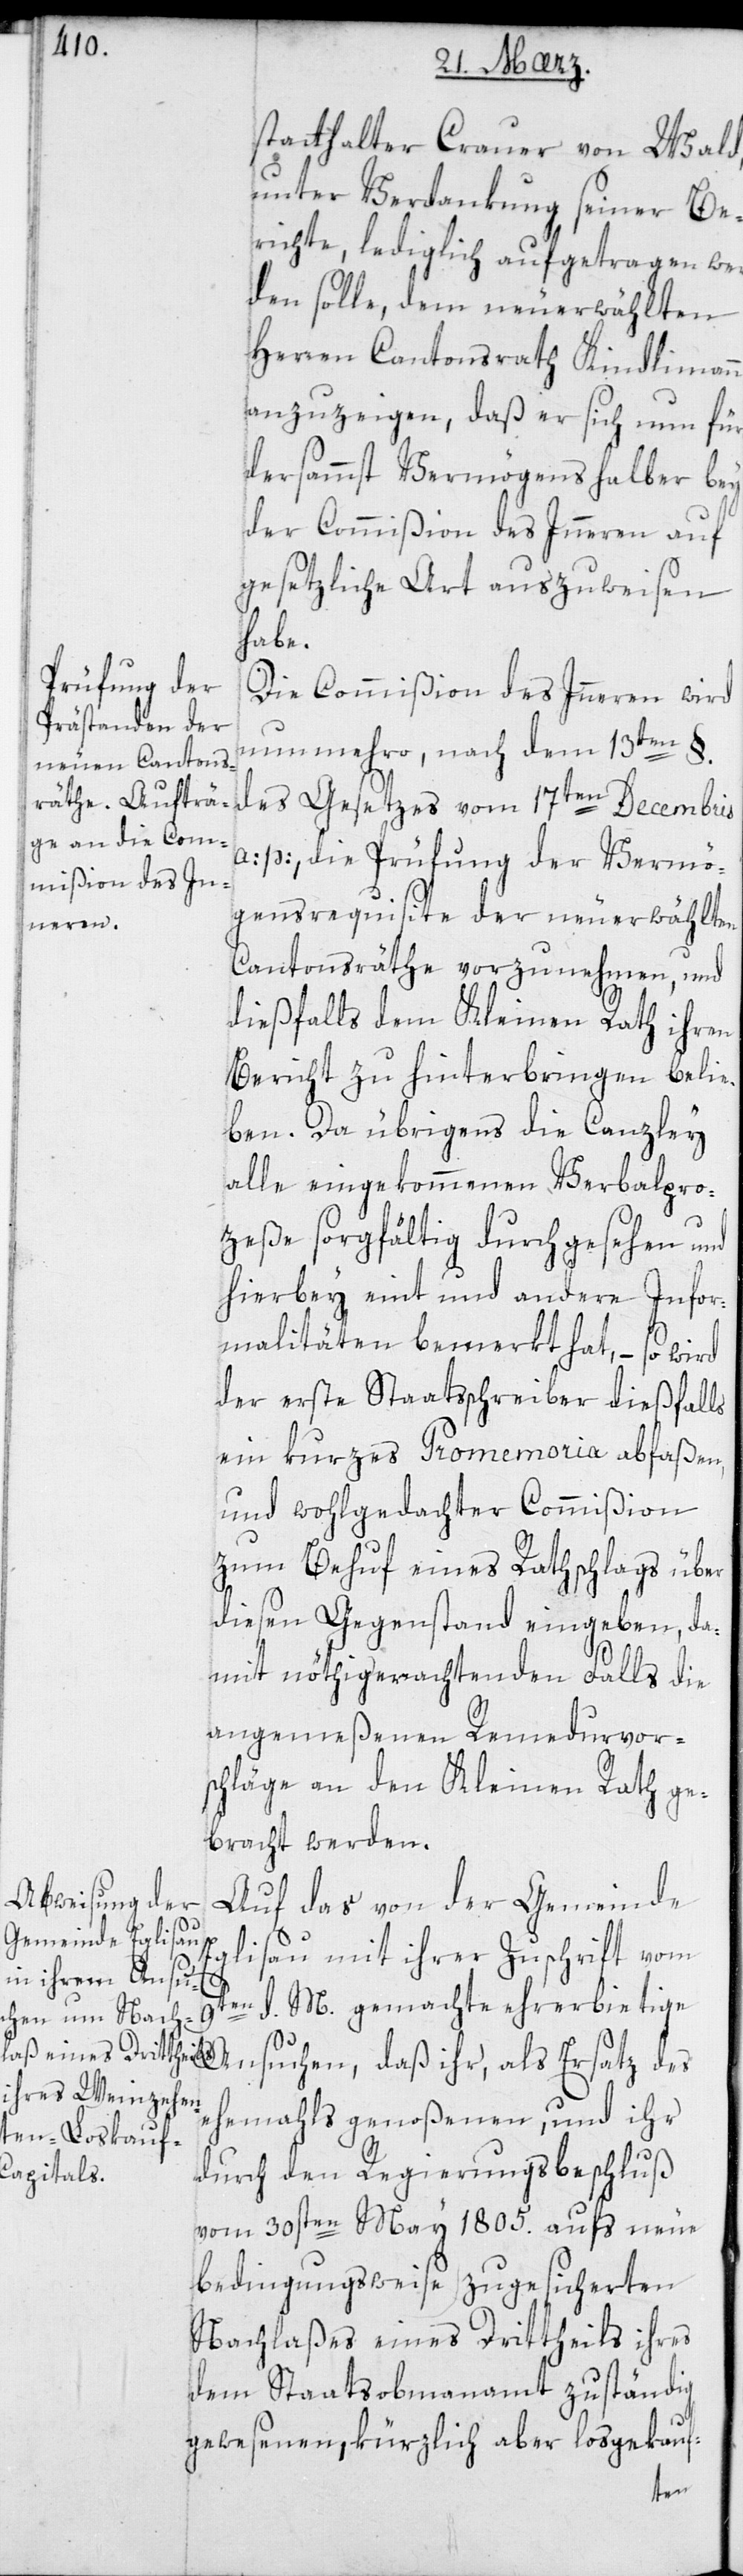
statthalter Crauer von Wald,
unter Verdankung seiner Be¬
richte, lediglich aufgetragen wer¬
den solle, dem neuerwählten
Herren Cantonsrath Kindlimann
anzuzeigen, daß er sich nun für¬
dersammst Vermögens halber bey
der Commißion des Innern auf
gesetzliche Art auszuweisen
habe.
Die Commißion des Innern wird
nunmehro, nach dem 13ten §.
des Gesetzes vom 17ten Decembris
a: p:, die Prüfung der Vermö¬
gensrequisite der neuerwählten
Cantonsräthe vorzunehmen, und
diesfalls dem Kleinen Rath ihren
Bericht zu hinterbringen belie¬
ben. Da übrigens die Canzley
alle eingekommenen Verbalpro¬
zeße sorgfältig durchgesehen und
hierbey eint und andere Infor¬
malitäten bemerkt hat, – so wird
der erste Staatsschreiber diesfalls
ein kurzes Promemoria abfaßen,
und wohlgedachter Commißion
zum Behuf eines Rathschlags über
diesen Gegenstand eingeben, da¬
mit nöthigerachtenden Falls die
angemeßenen Remedurvor¬
schläge an den Kleinen Rath ge¬
bracht werden.
Auf das von der Gemeinde
Eglisau mit ihrer Zuschrift vom
9ten d. M[es] gemachte ehrerbietige
ehemahls genoßenen, und ihr
durch den Regierungsbeschluß
vom 30sten May 1805. aufs Neue
bedingungsweise zugesicherten
Nachlaßes eines Drittheils ihres
dem Staatsobmannamt zuständig
gewesenen, kürzlich aber losgekauf-